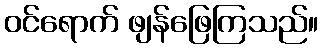
ဝင်ရောက် ဖျန်ဖြေကြသည်။